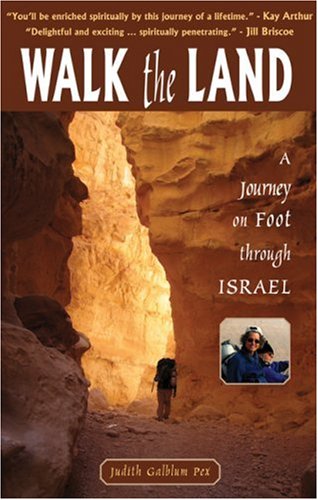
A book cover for Walk the Land : A Journey on Foot through Israel; Judith Galblum Pex; Travel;